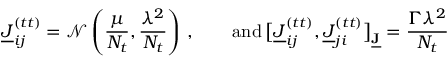
\underline { { J } } _ { i j } ^ { ( t t ) } = \mathcal { N } \left( \frac { \mu } { N _ { t } } , \frac { \lambda ^ { 2 } } { N _ { t } } \right) \, , \qquad \mathrm { a n d } \, \big [ \underline { { J } } _ { i j } ^ { ( t t ) } , \underline { { J } } _ { j i } ^ { ( t t ) } \big ] _ { \underline { { \mathbf { J } } } } = \frac { \Gamma \lambda ^ { 2 } } { N _ { t } }